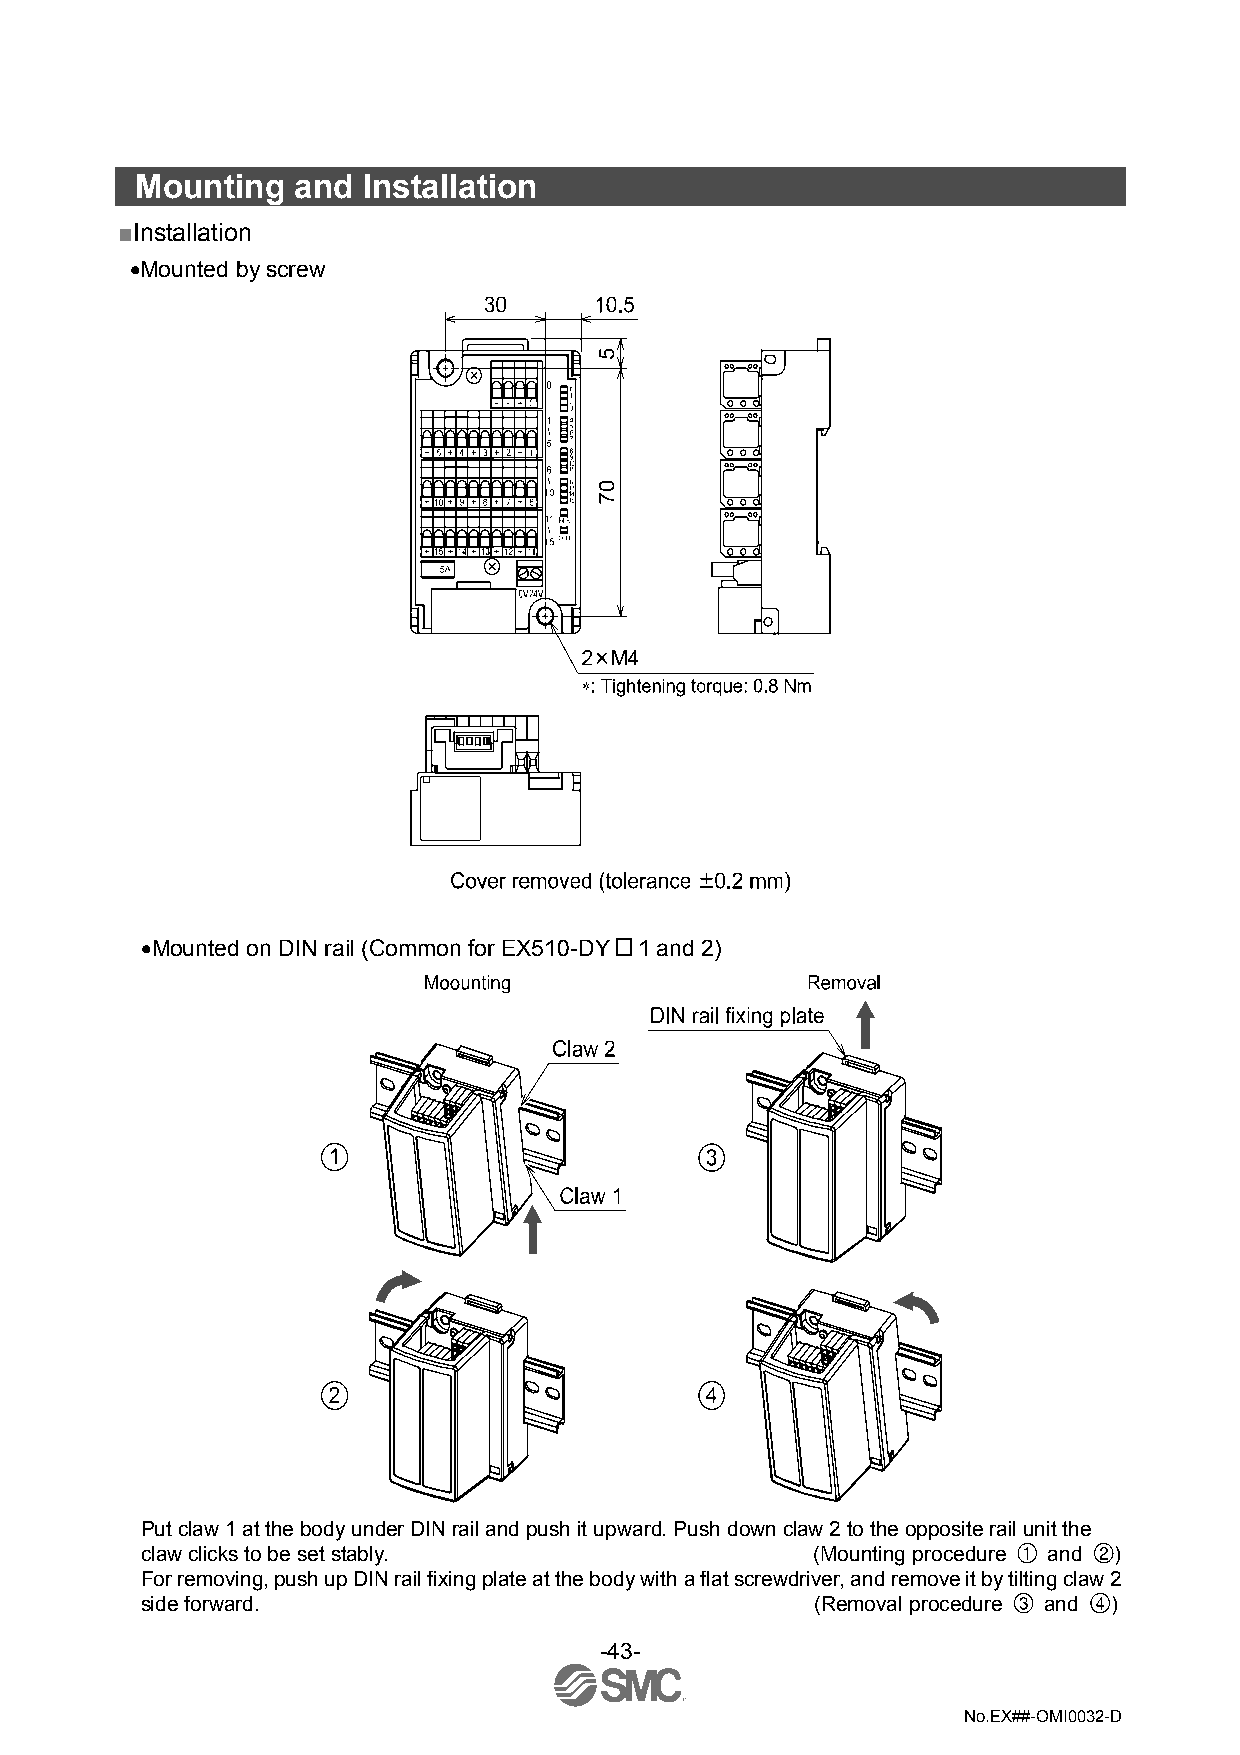
Mounting  and  Installation
 ■Installation
 •Mounted by screw
 •Mounted on DIN rail (Common for EX510-DY 1 and 2)
 Put claw 1 at the body under DIN rail and push it upward. Push down claw 2 to the opposite rail unit the
 claw clicks to be set stably.                (Mounting procedure and )
 For removing, push up DIN rail fixing plate at the body with a flat screwdriver, and remove it by tilting claw 2
 side forward.                                (Removal procedure and )
 -43-
 No.EX##-OMI0032-D